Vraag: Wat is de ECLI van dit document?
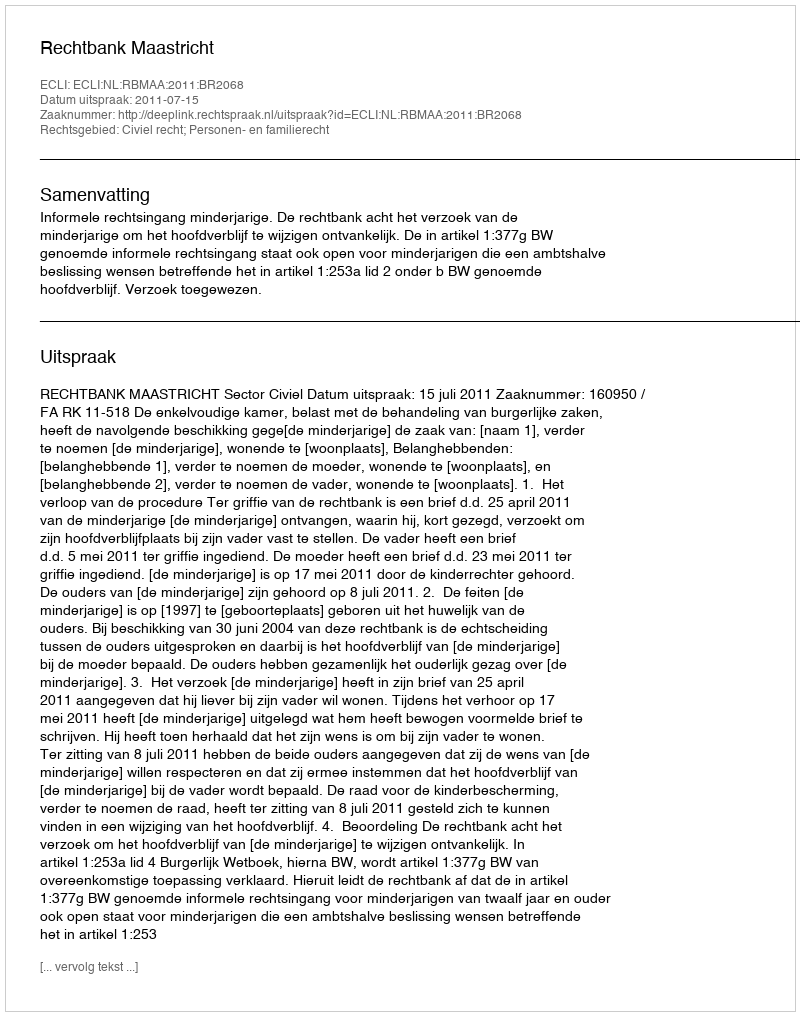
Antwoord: ECLI:NL:RBMAA:2011:BR2068